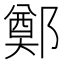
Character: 鄭